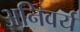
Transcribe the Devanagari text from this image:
अनिवर्य